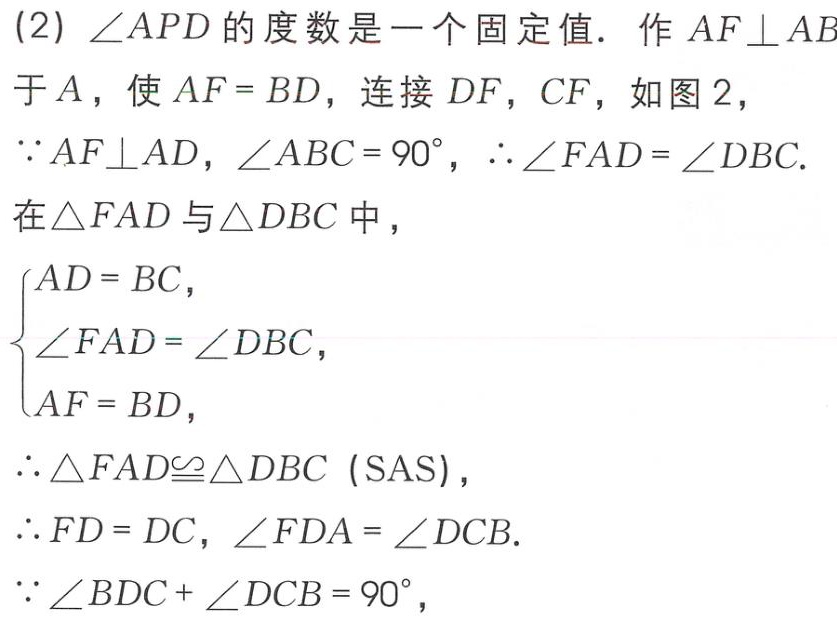
(2) \(\angle APD\)的度数是一个固定值. 作 \(AF\perp AB\)于\(A\)，使 \(AF = BD\)，连接 \(DF\)，\(CF\)，如图 2，
\(\because AF\perp AD\)，\(\angle ABC = 90^{\circ}\)，\(\therefore\angle FAD=\angle DBC\).
在\(\triangle FAD\)与\(\triangle DBC\)中，
\(\begin{cases}
AD = BC,\\
\angle FAD=\angle DBC,\\
AF = BD,
\end{cases}\)
\(\therefore\triangle FAD\cong\triangle DBC\) (\(SAS\))，
\(\therefore FD = DC\)，\(\angle FDA=\angle DCB\).
\(\because\angle BDC+\angle DCB = 90^{\circ}\)，